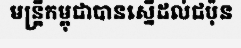
មន្ត្រីកម្ពុជាបានស្នើដល់ជប៉ុន